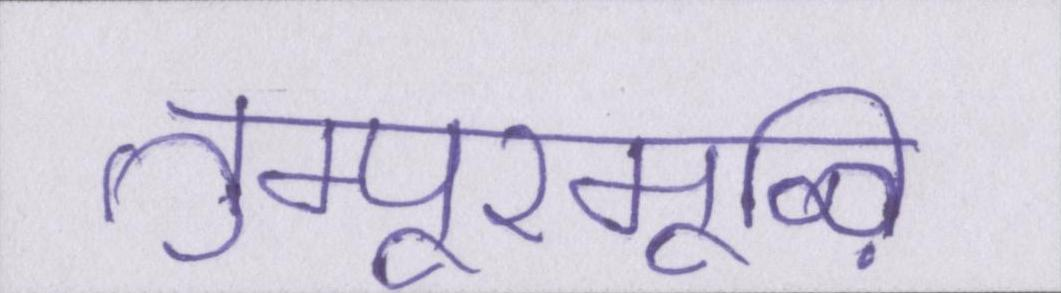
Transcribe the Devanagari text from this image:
तुम्पूरमूऴि